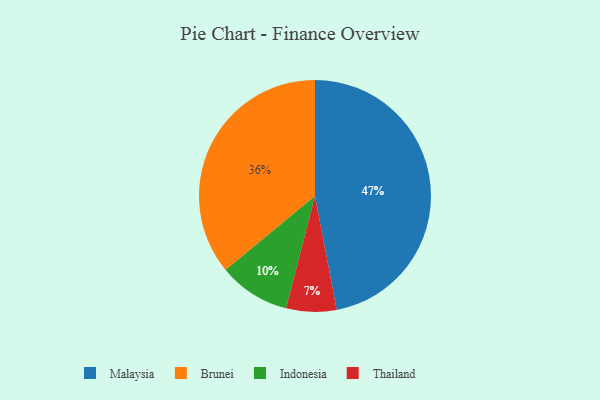
{"axis": {"x": "Category", "y": "Percentage"}, "legend": ["Brunei", "Indonesia", "Malaysia", "Thailand"], "data": [{"x": "Malaysia", "y": 47, "type": "Malaysia"}, {"x": "Brunei", "y": 36, "type": "Brunei"}, {"x": "Indonesia", "y": 10, "type": "Indonesia"}, {"x": "Thailand", "y": 7, "type": "Thailand"}]}